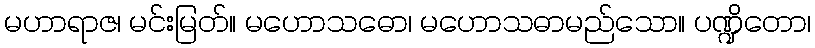
မဟာရာဇ၊ မင်းမြတ်။ မဟောသဓော၊ မဟောသဓာမည်သော။ ပဏ္ဍိတော၊